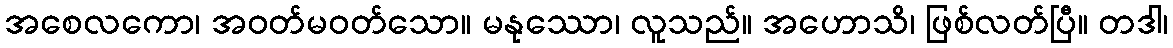
အစေလကော၊ အဝတ်မဝတ်သော။ မနုဿော၊ လူသည်။ အဟောသိ၊ ဖြစ်လတ်ပြီ။ တဒါ၊